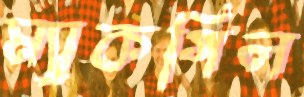
ম্যাকগিল